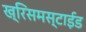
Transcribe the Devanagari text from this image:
ख्रिसमस्टाईड